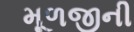
મૂળજીની